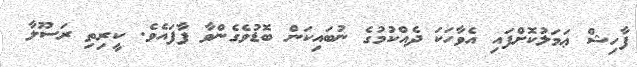
ފާހިޝް ޢަމަލުކޮށްފައި އެވާހަކަ ދެއްކުމުގެ ނުބައިކަން ބޮޑުވެގެންވާ ފާފައެވެ. ކީރިތި ރަސޫލާ